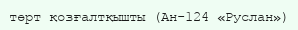
төрт қозғалтқышты (Ан-124 «Руслан»)